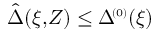
\hat { \Delta } ( \xi , \! Z ) \le \Delta \! ^ { { \scriptscriptstyle ( 0 ) } } ( \xi )